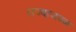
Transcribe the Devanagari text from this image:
राज्याजवळ